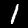
Digit: 1